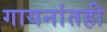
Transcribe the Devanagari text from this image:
गायनांतही